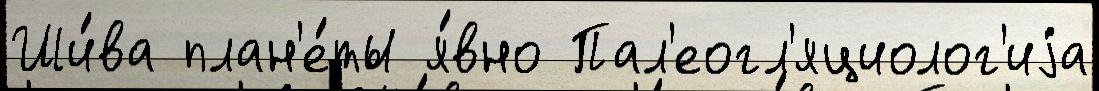
Ши́ва план'е́ты я́вно Пал'еогл'яциолог'иjа